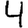
Digit: 4